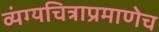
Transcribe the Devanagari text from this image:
व्यंग्यचित्राप्रमाणेच